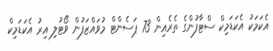
އެކަމަކު އެކަޑަމިކް ސްޓާފުންގެ ތެރެއިން 73 ޕަސެންޓް މުވައްޒަފުން ވޯޓުލި އިރު އެކަޑަމިކް